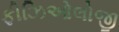
ફીઝિઓલોજી